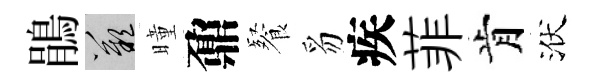
鵑嘆曈鼐餐豸疾菲肯洑